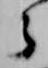
之